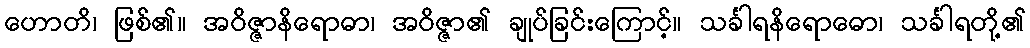
ဟောတိ၊ ဖြစ်၏။ အဝိဇ္ဇာနိရောဓာ၊ အဝိဇ္ဇာ၏ ချုပ်ခြင်းကြောင့်။ သင်္ခါရနိရောဓော၊ သင်္ခါရတို့၏